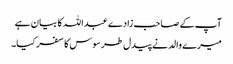
آپ کے صاحب زادے عبداللہ کا بیان ہے
میرے والد نے پیدل طرسوس کا سفر کیا۔